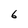
Character: 6